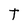
Character: T